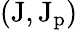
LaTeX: (\mathrm{{J},\mathrm{{J_{p}})}}